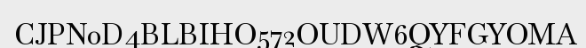
CJPN0D4BLBIHO572OUDW6QYFGYOMA